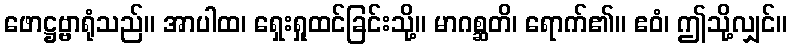
ဖောဋ္ဌဗ္ဗာရုံသည်။ အာပါထ၊ ရှေးရှုထင်ခြင်းသို့။ မာဂစ္ဆတိ၊ ရောက်၏။ ဧဝံ၊ ဤသို့လျှင်။